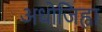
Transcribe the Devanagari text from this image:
अधोजिह्वा